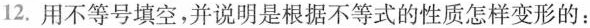
12.用不等号填空，并说明是根据不等式的性质怎样变形的：